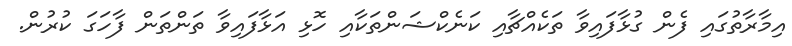
އިމާރާތުގައި ފެން ގުޅާފައިވާ ތަކެއްޗާއި ކަނެކްޝަންތަކާއި ހޮޅި އަޅާފައިވާ ތަންތަން ފާހަގަ ކުރުން.